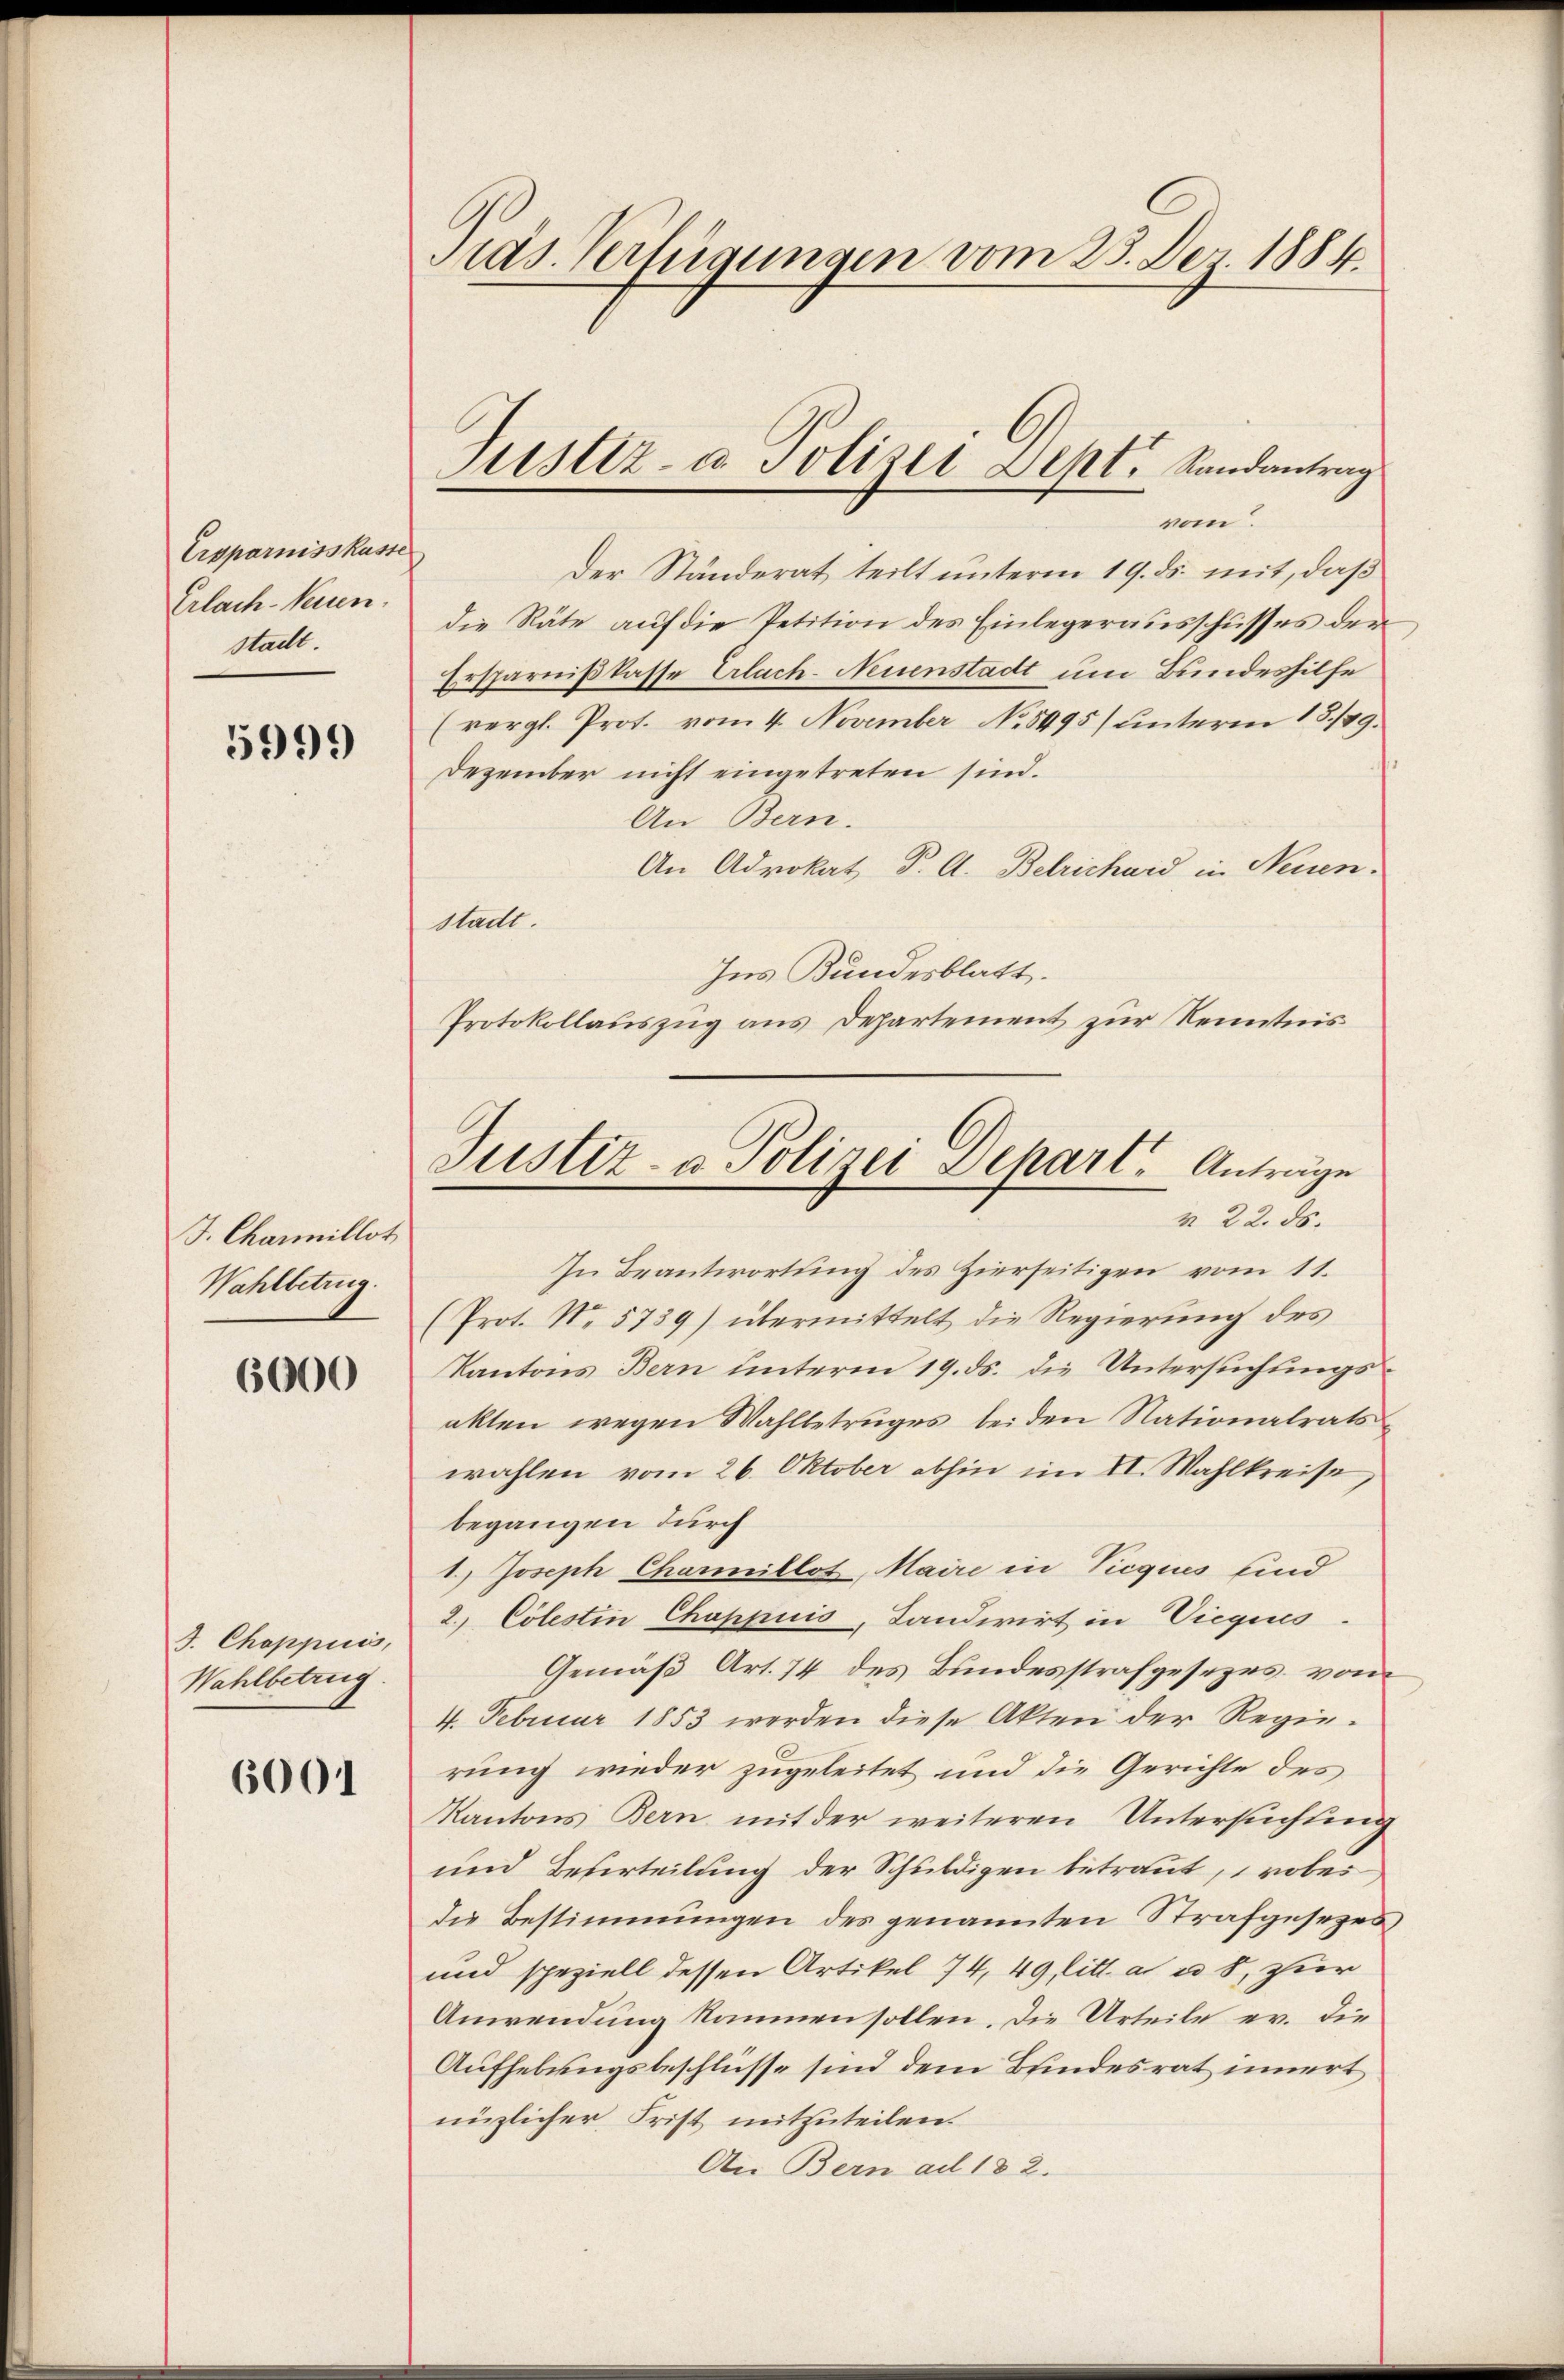
Ersparniss kasse
Erlach-Neuen.
stadt.

5999

J. Channillot
Wahlbetrug.

6000

J. Choppiis,
Wahlbetrug.

6001

Pras. Verlegungen vom 25. Der 1884.

Jusdz- u. Polizei Sept. Randantrag
vom.

Der Ständerat teilt unterm 19. ds. mit, daß
die Räte auf die Petition des Einlegerausschusses der
Ersparnißkasse Erlach-Neuenstadt um Bundeshilfe
(vergl. Prof. vom 4. November No. 5995) unterm 18./29.
Dezember nicht eingetreten sind.
An Bern.
An Advokat P. A. Betrichard in Neuen.
stadt.
Ins Bundesblatt.
Protokollauszug aus Departement zur Kenntnis

Justiz- u. Polizei Dehart, Anträge
N 22. ds.

In Beantwortung des Zierseitigen vom 11.
(Prot. No. 5739) übermittelt die Regierung des
Kantons Bern unterm 19. ds. die Untersuchungsakten wegen Wahlbetruges bei den Nationalratswahlen vom 26. Oktober abhin im II. Wahlkreise
begangen durch
1.) Joseph Charillot, Maire in Tiequis sind
2. Cölestin Chappuis, Landwirt in Viegens.
Gemäß Art. 74 des Bundesstrafgesezes, von
4. Februar 1853 werden diese Akten der Regierung wieder zugeleitet und die Gerichte des
Kantons Bern mit der weiteren Untersuchtung
und Beserteilung der Schuldigen betraut, wobei
die Bestimmungen des genannten Strafgesezen
und speziell dessen Artikel 74, 49 litt. a u. 8, zur
Anwendung kommen sollen. Die Urteile er. Die
Aufhebungsbeschlüsse sind dem Bundesrat innert
nüzlicher Frist mitzuteilen.
An Bern ad 182.